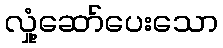
လှုံ့ဆော်ပေးသော